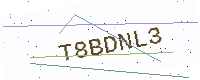
Text: T8BDNL3